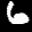
Label: 6